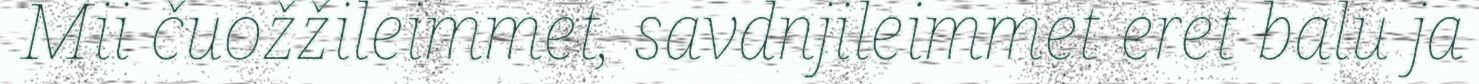
Mii čuožžileimmet, savdnjileimmet eret balu ja